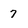
Character: 7